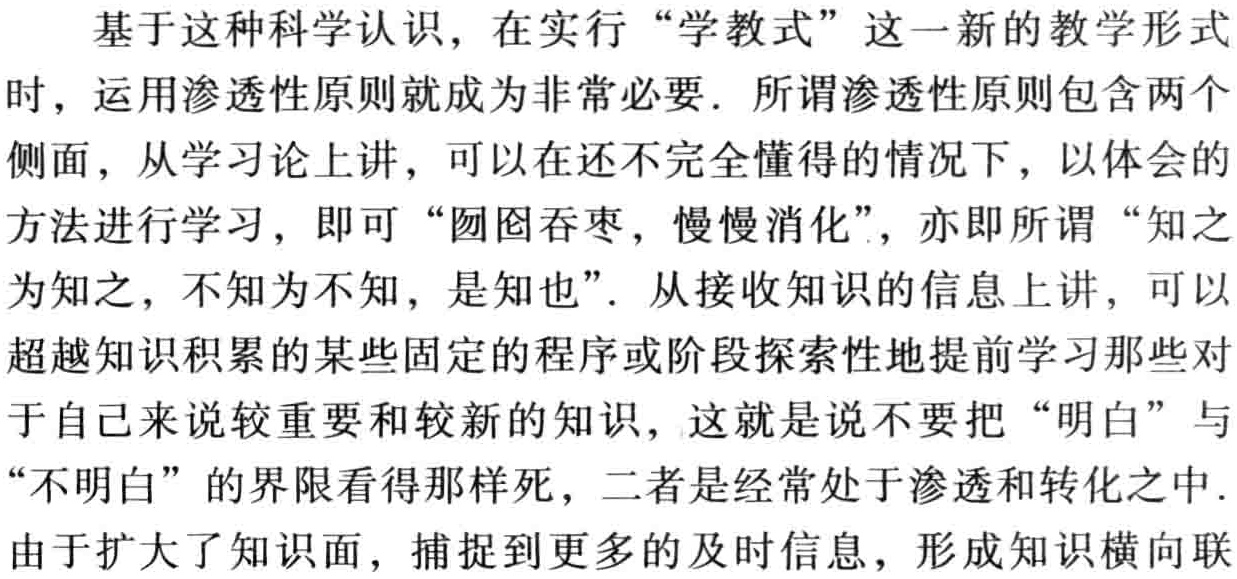
基于这种科学认识，在实行“学教式”这一新的教学形式

时，运用渗透性原则就成为非常必要. 所谓渗透性原则包含两个

侧面，从学习论上讲，可以在还不完全懂得的情况下，以体会的

方法进行学习，即可“囫囵吞枣，慢慢消化”，亦即所谓“知之

为知之，不知为不知，是知也”. 从接收知识的信息上讲，可以

超越知识积累的某些固定的程序或阶段探索性地提前学习那些对

于自己来说较重要和较新的知识，这就是说不要把“明白”与

“不明白”的界限看得那样死，二者是经常处于渗透和转化之中.

由于扩大了知识面，捕捉到更多的及时信息，形成知识横向联